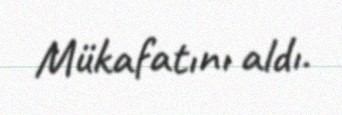
Mükafatını aldı.